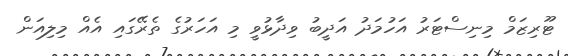
ޓޫރިޒަމް މިނިސްޓަރު އަހުމަދު އަދީބު ވިދާޅުވީ މި އަހަރުގެ ތެރޭގައި އެއް މިލިއަން